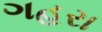
ગહરા